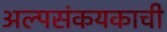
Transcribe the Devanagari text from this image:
अल्पसंकयकाची